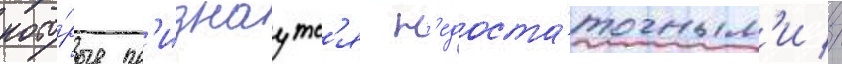
кото́рые пр'изнаутс'я н'едоста́точным'и //